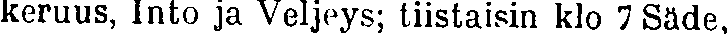
keruus, Into ja Veljeys; tiistaisin klo 7 Säde,